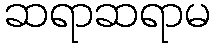
ဆရာဆရာမ